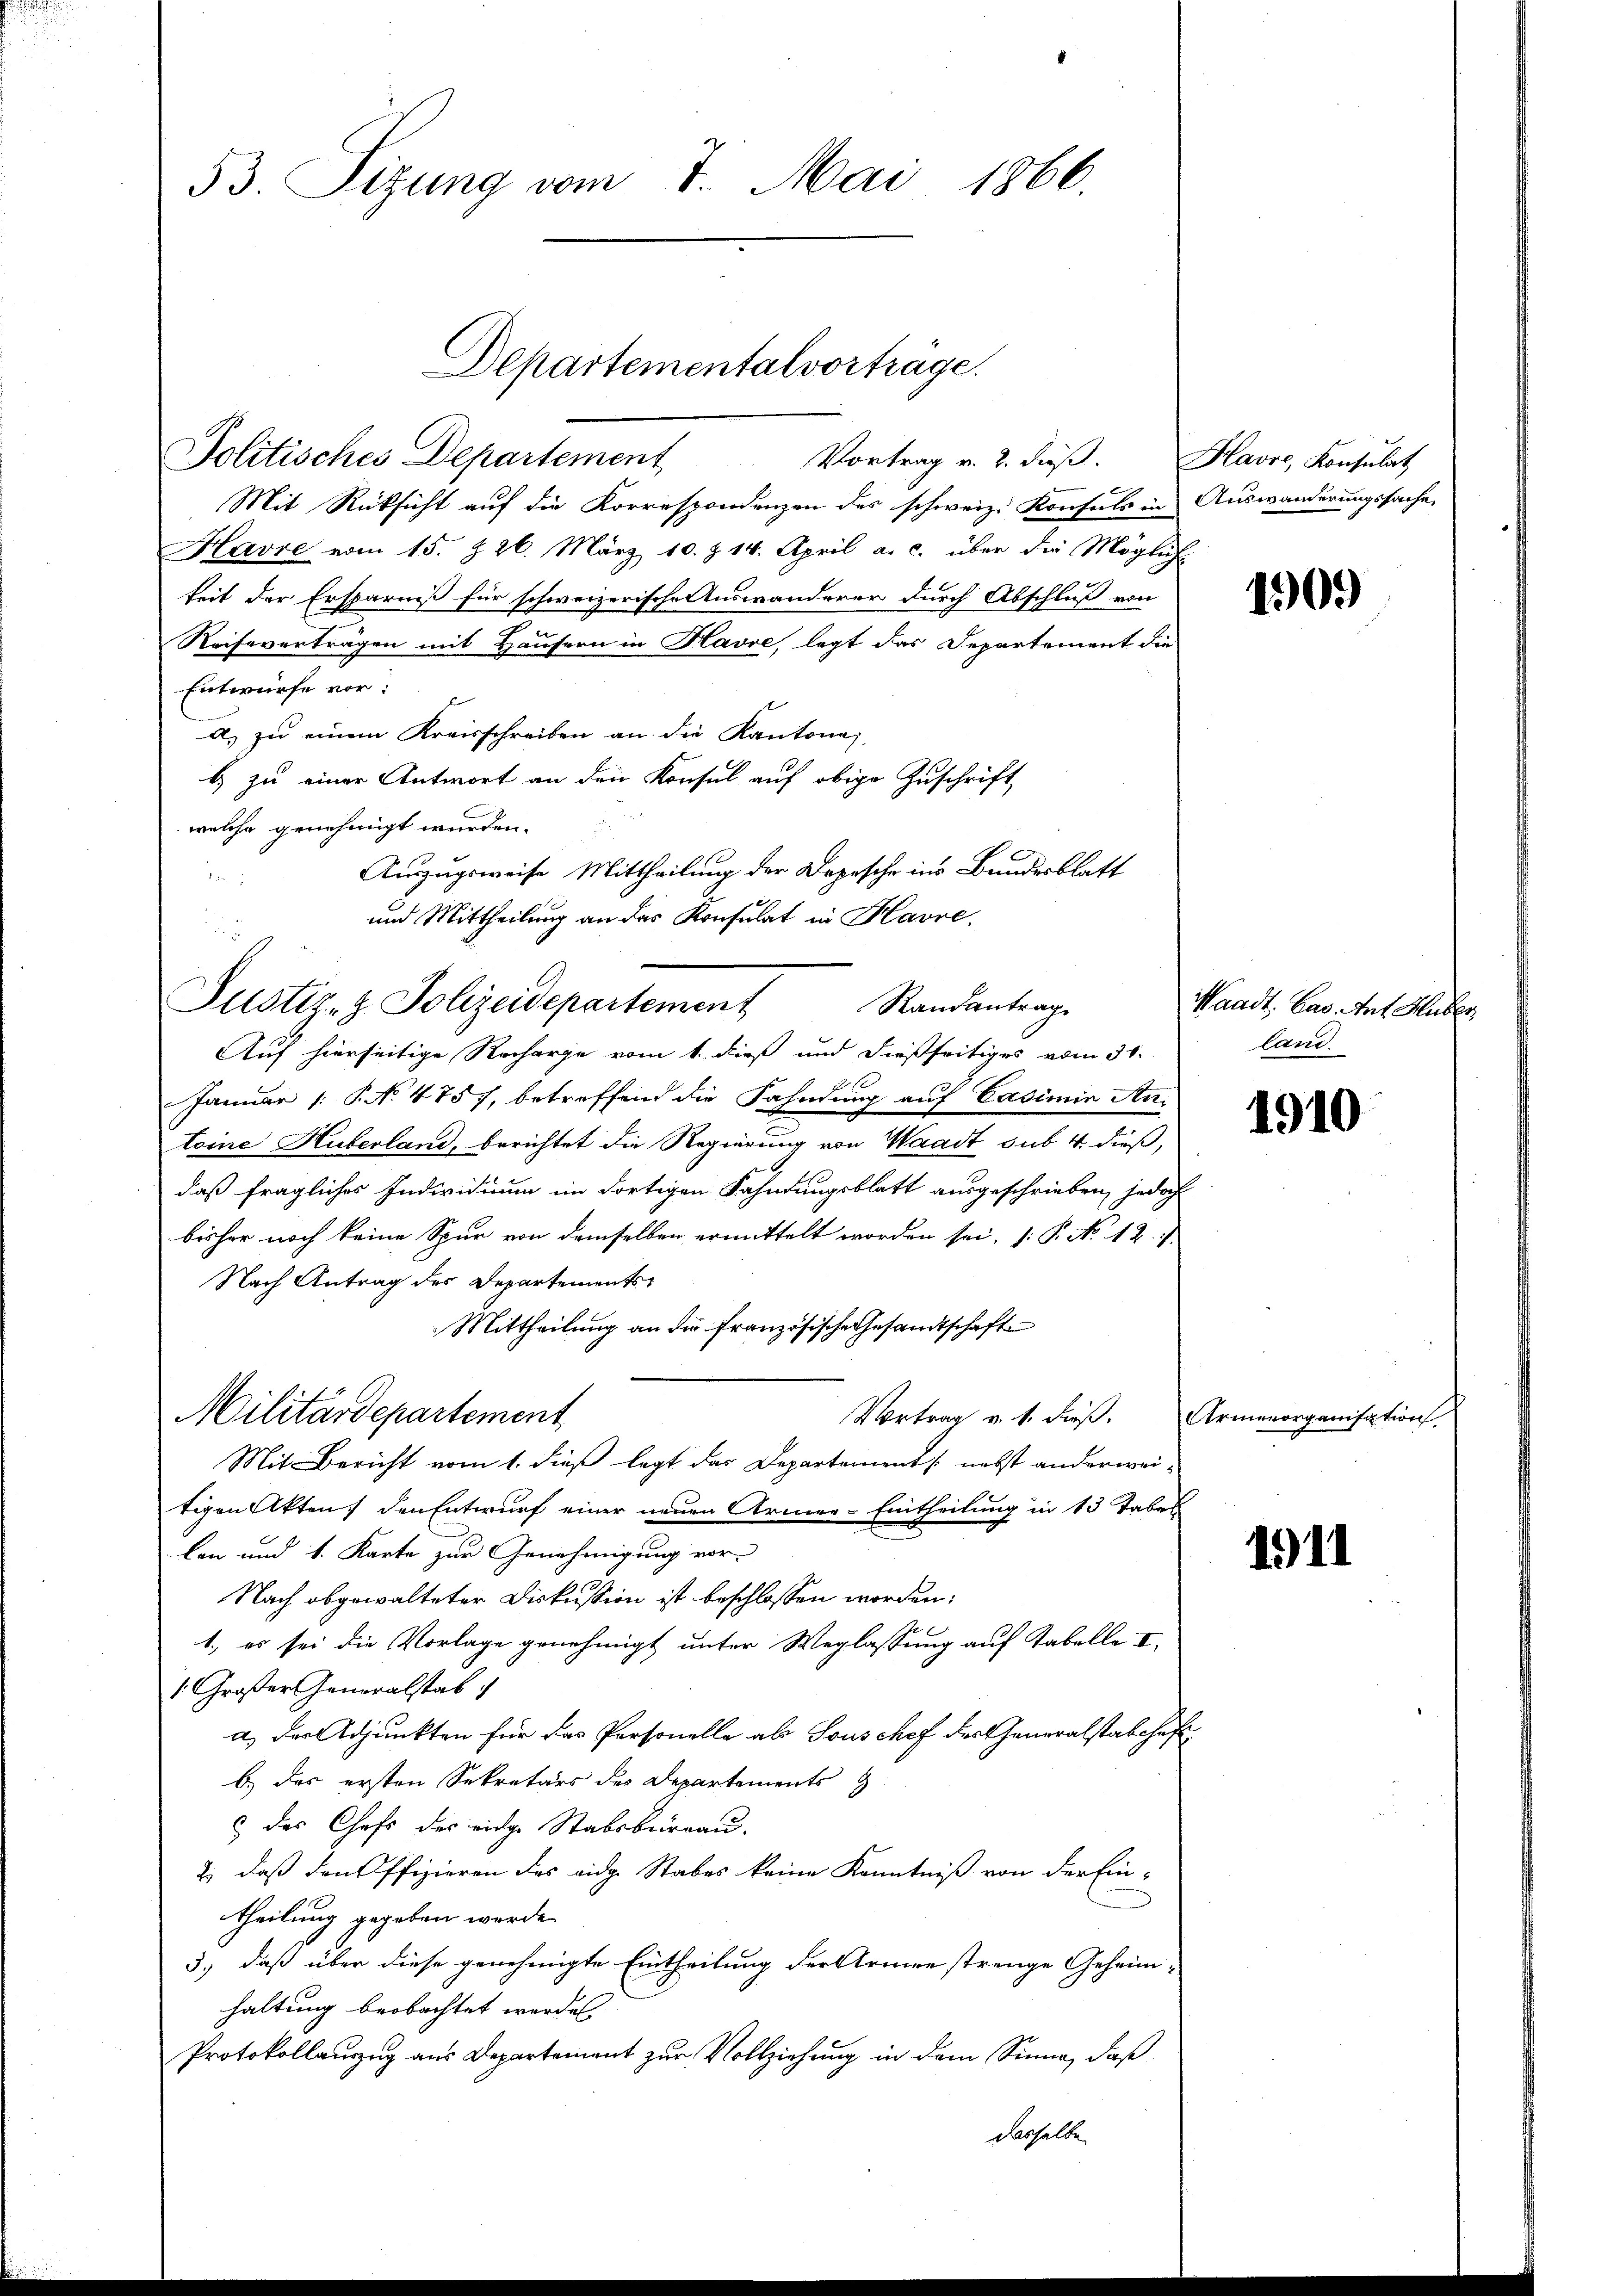
53. Sizung vom 7. Mai 1866

Mit Rücksicht auf die Korrespondenzen des schweiz. Konsuls in
Havre vom 15. §. 26. März 10. § 14. April a. c. über die Möglich
keit der Ersparniß für schweizerischen Auswanderer durch Abschluß von
Reiseverträgen mit Häusern in Havre, legt das Departement die
Entwürfe vor:
a) zu einem Kreisschreiben an die Kantona
b) zu einer Antwort an den Konsul auf obige Zuschrift
welche genehmigt wurden.
Auszugsweise Mittheilung der Depesche ins Bundesblatt
e
und Mittheilung an das Konsulat in Havre.
Auf hierseitige Recharge vom 1. dieß und dießseitiges vom 31.
Januar [ P. No 4757, betreffend die Fahndung auf Casimin An-
toine Huberland, berichtet die Regierung von Waadt sub 4. dieß,
daß fragliches Individuum im dortigen Fahndungsblatt ausgeschrieben, jedoch
bisher noch keine Spur von demselben ermittelt worden sei, (: P. No 12.
Nach Antrag des Departements
Mittheilung an die französische Gesandtschaft
Militärdepartement
Vortrag v. 1. dieß. Armenorganisation
Mit Bericht vom 1. dieß legt das Departement nebst anderweitigen Akten, den Entwurf einer neuen Armer-Eintheilung in 13 Tabel
len und 1. Karte zur Genehmigung vor-
Nach abgewalteter Diskussion ist beschlossen worden,
1., es sei die Vorlage genehmigt unter Weglassung auf Tabelle I
1: Großer Generalstab
a) der Adjunkten für das Personelle als Souschef der Generalstabshaft
b.) das ersten Sekretärs des Departements
6 des Chefs des eidge Stabsbureau-
2) daß den Offizieren des eidg. Stabes keine Kenntniß von der Ein-
theilung gegeben werde.
3.) daß über diese genehmigte Eintheilung der Armee strenge Geheimhaltung beobachtet werden.
Protokollauszug aus Departement zur Vollziehung in dem Sinne, daß
dasselbe

Justiz- & Polizeidepartement

Departementalvortrage.
Jolitisches Departement
Vortrag v. 2. dieß.

Randantrag

Havre, Konsulat
Auswanderungssache,

1909

Waadt. Cas. Auf Huber
land.

1910

1911